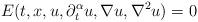
LaTeX: \begin{align*}E(t,x,u,\partial_t^\alpha u,\nabla u,\nabla^2 u)=0\quad\end{align*}